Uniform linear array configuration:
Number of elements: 24
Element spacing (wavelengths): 0.75
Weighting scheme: uniform
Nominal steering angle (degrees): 0
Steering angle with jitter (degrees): -0.4381
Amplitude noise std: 0.05
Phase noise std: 0.05

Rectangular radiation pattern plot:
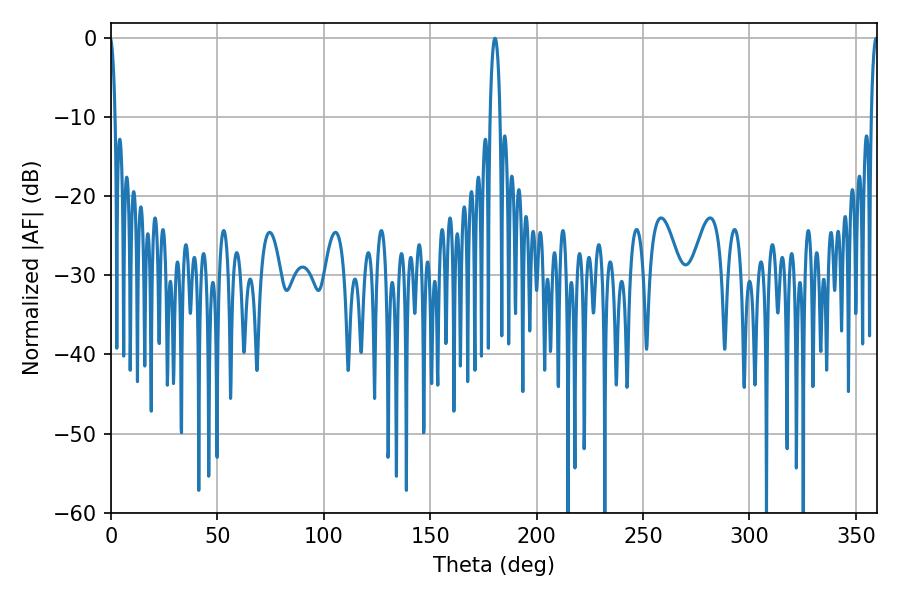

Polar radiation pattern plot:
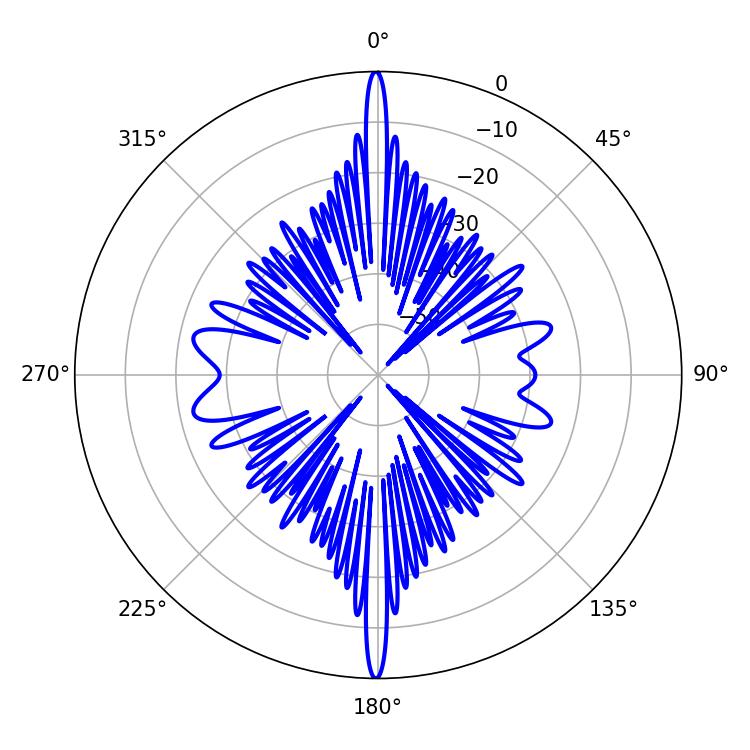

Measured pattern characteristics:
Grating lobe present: TRUE
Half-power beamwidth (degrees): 2.7
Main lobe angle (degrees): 180.36